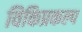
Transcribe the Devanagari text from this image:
विकिप्रकल्प